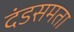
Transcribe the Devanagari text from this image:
दंडसमता